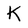
Character: K